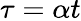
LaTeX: \tau=\alpha t